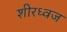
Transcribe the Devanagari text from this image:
शीरध्वज